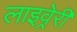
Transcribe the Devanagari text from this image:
लाइव्रेरी